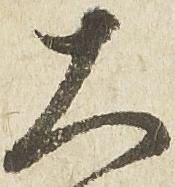
大